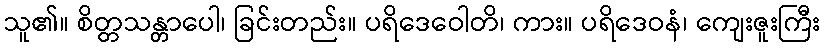
သူ၏။ စိတ္တသန္တာပေါ၊ ခြင်းတည်း။ ပရိဒေဝေါတိ၊ ကား။ ပရိဒေဝနံ၊ ကျေးဇူးကြီး